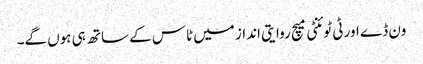
ون ڈے اور ٹی ٹوئنٹی میچ روایتی انداز میں ٹاس کے ساتھ ہی ہوں گے۔